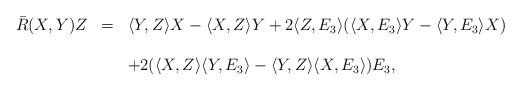
LaTeX: \begin{align*}\begin{array}{lcl}\bar R(X,Y)Z&=&\langle Y,Z\rangle X-\langle X,Z\rangle Y+2\langle Z,E_3\rangle(\langle X,E_3\rangle Y-\langle Y,E_3\rangle X)\\ \\&&+2(\langle X,Z\rangle\langle Y,E_3\rangle-\langle Y,Z\rangle\langle X,E_3\rangle)E_3,\end{array}\end{align*}